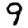
Digit: 9